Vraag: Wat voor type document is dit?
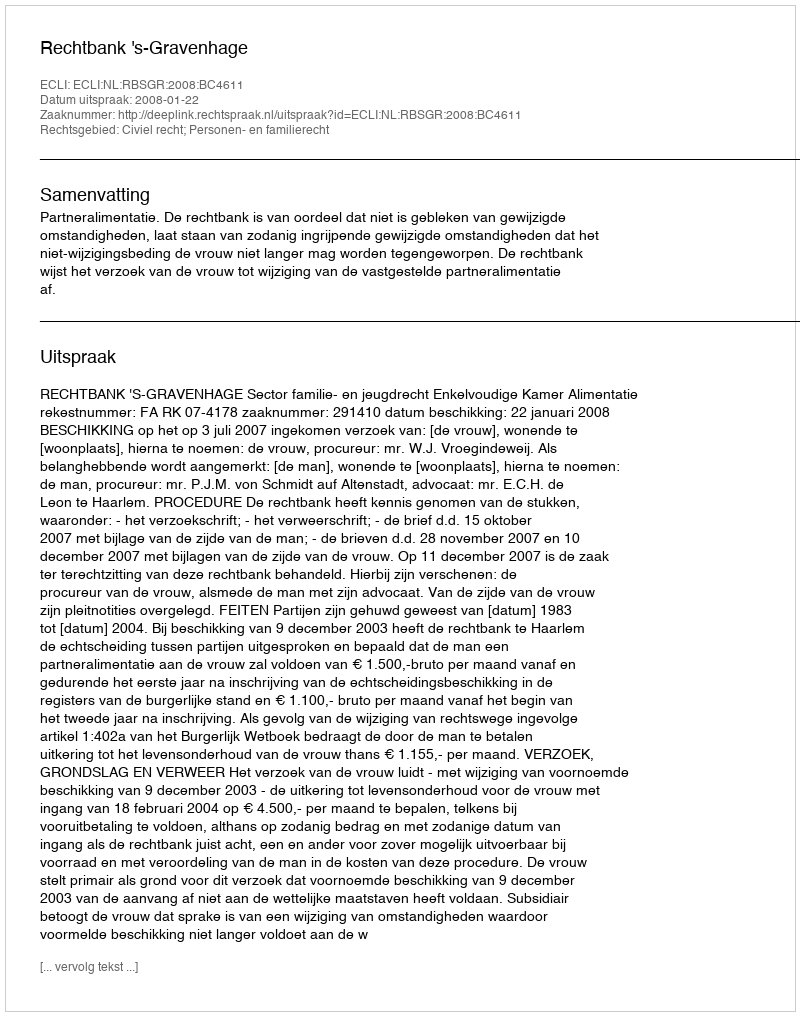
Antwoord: Uitspraak